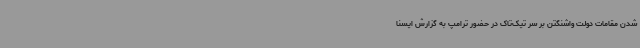
شدن مقامات دولت واشنگتن بر سر تیک‌تاک در حضور ترامپ به گزارش ایسنا